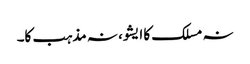
نہ مسلک کا ایشو، نہ مذہب کا۔